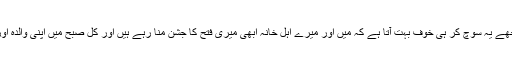
عبداللہ حمود کہتے ہیں کہ مجھے یہ سوچ کر ہی خوف بہت آتا ہے کہ میں اور میرے اہلِ خانہ ابھی میری فتح کا جشن منا رہے ہیں اور کل صبح میں اپنی والدہ اور بہن کوجو حجاب کرتی ہیں۔